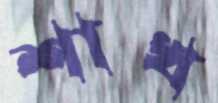
শাখ